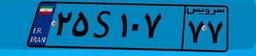
۸۸S۱۳۲۰۴